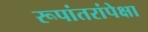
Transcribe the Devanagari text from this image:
रूपांतरांपेक्षा